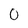
Character: 0